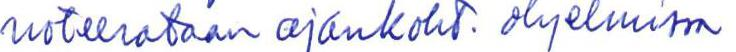
noteerataan ajankoht. ohjelmissa